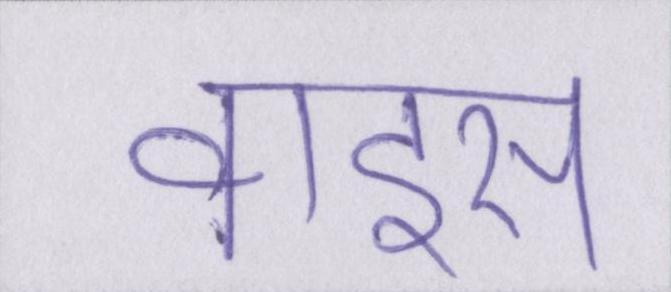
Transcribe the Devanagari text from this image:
वाइस